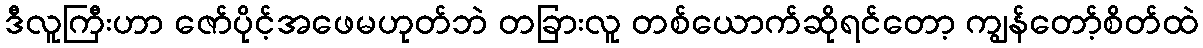
ဒီလူကြီးဟာ ဇော်ပိုင့်အဖေမဟုတ်ဘဲ တခြားလူ တစ်ယောက်ဆိုရင်တော့ ကျွန်တော့်စိတ်ထဲ